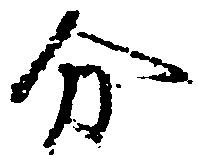
分